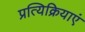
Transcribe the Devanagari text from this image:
प्रत्यिक्रियाएं